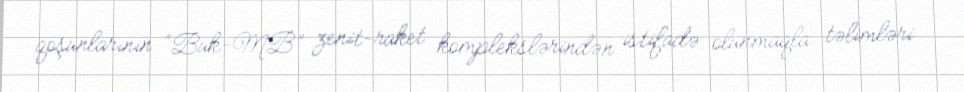
qoşunlarının “Buk-MB” zenit-raket komplekslərindən istifadə olunmaqla təlimləri